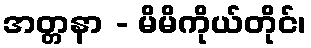
အတ္တနာ - မိမိကိုယ်တိုင်၊